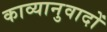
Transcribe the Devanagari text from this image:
काव्यानुवादों